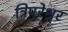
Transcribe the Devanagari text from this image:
त्रिपुरेश्वर